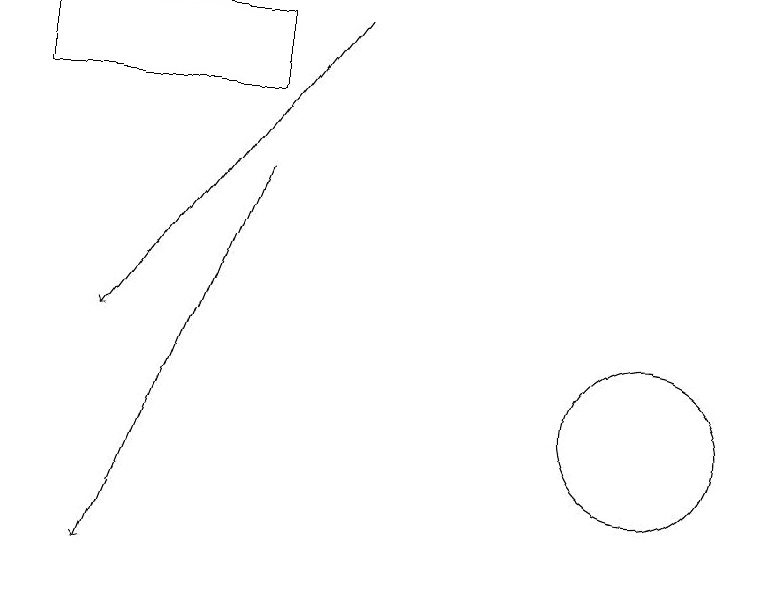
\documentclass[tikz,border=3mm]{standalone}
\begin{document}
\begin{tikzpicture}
\draw (11,12) circle (1);
\draw[->] (6,15) -- (4,10);
\draw[->] (7,17) -- (4,13);
\draw (3,17) rectangle (6,16);
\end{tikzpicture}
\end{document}